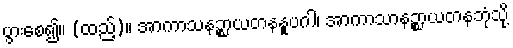
ပွားစေ၍။ (ထည့်)။ အာကာသနဉ္စာယတနနူပဂါ၊ အာကာသာနဉ္စာယတနဘုံသို့